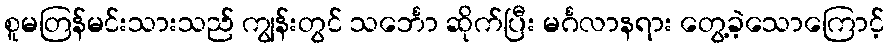
စူမတြန်မင်းသားသည် ကျွန်းတွင် သင်္ဘော ဆိုက်ပြီး မင်္ဂလာနရား တွေ့ခဲ့သောကြောင့်